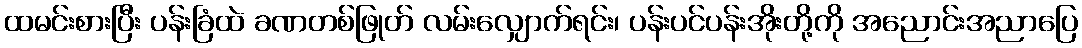
ထမင်းစားပြီး ပန်းခြံထဲ ခဏတစ်ဖြုတ် လမ်းလျှောက်ရင်း၊ ပန်းပင်ပန်းအိုးတို့ကို အညောင်းအညာပြေ